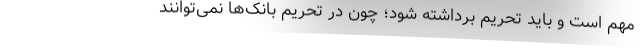
مهم است و باید تحریم برداشته شود؛ چون در تحریم بانک‌ها نمی‌توانند